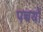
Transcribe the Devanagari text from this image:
पच्चयों